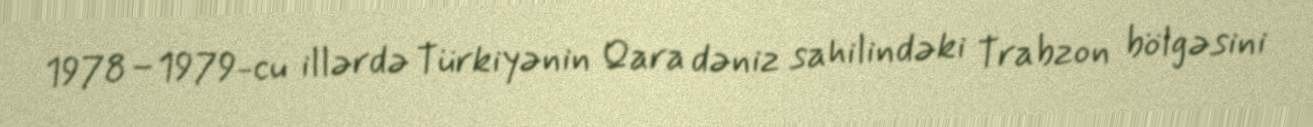
1978–1979-cu illərdə Türkiyənin Qara dəniz sahilindəki Trabzon bölgəsini